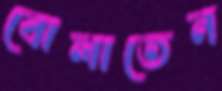
বোলাতেন